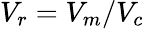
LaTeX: V_{r}=V_{m}/V_{c}